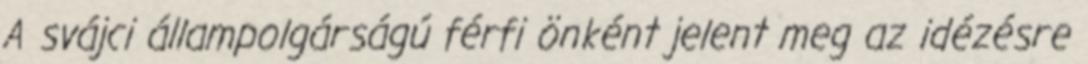
A svájci állampolgárságú férfi önként jelent meg az idézésre